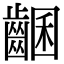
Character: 𪘩